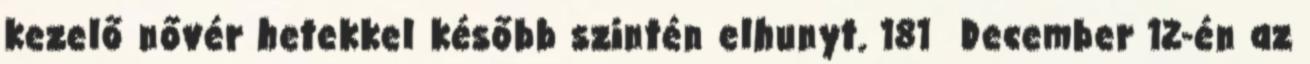
kezelő nővér hetekkel később szintén elhunyt. 181 December 12-én az